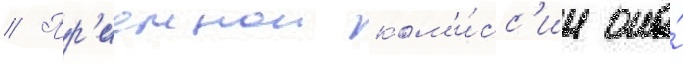
// Пр'иемнои ком'и́сс'ии она́